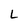
Character: L